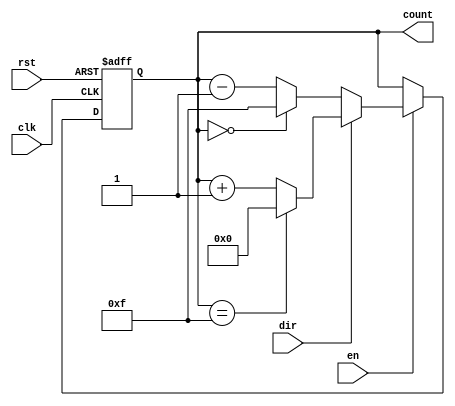
module multi_bit_counter #(
    parameter WIDTH = 4  // Configurable bit-width (default is 4 bits)
)(
    input wire clk,       // Clock signal
    input wire rst,       // Asynchronous reset signal
    input wire en,        // Enable signal
    input wire dir,       // Direction signal (1 for increment, 0 for decrement)
    output reg [WIDTH-1:0] count // Multi-bit output for the current count
);

    // Asynchronous reset and synchronous counting
    always @(posedge clk or posedge rst) begin
        if (rst) begin
            count <= 0; // Reset count to 0
        end else if (en) begin
            if (dir) begin
                // Increment operation with wrap-around
                count <= (count == {WIDTH{1'b1}}) ? 0 : count + 1;
            end else begin
                // Decrement operation with wrap-around
                count <= (count == 0) ? {WIDTH{1'b1}} : count - 1;
            end
        end
    end

endmodule